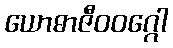
ယောဓာဇီဝဝဂ္ဂေါ